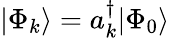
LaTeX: |\Phi_{k}\rangle=a_{k}^{\dagger}|\Phi_{0}\rangle